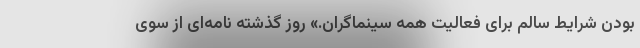
بودن شرایط سالم برای فعالیت همه سینماگران.» روز گذشته نامه‌ای از سوی